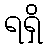
ရရှိ